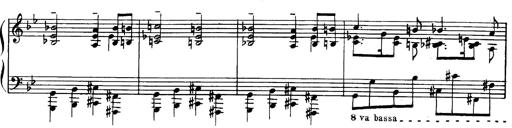
Title: Trauervorspiel und Trauermarsch
Composer: Franz Liszt